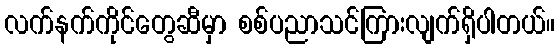
လက်နက်ကိုင်တွေဆီမှာ စစ်ပညာသင်ကြားလျက်ရှိပါတယ်။